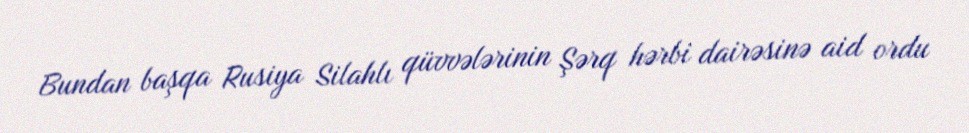
Bundan başqa Rusiya Silahlı qüvvələrinin Şərq hərbi dairəsinə aid ordu